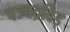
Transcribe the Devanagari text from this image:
पञ्चद्रविड़